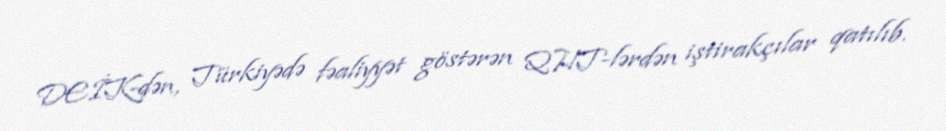
DEİK-dən, Türkiyədə fəaliyyət göstərən QHT-lərdən iştirakçılar qatılıb.